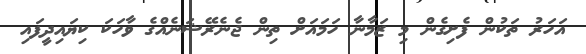
އަހަރު ތަކުން ފެށިގެން މި ޒަމާނާ ހަމައަށް ތިން ޖެނެރޭޝަނެއްގެ ވާހަކަ ކިޔައިދީފައި